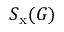
S _ { \mathrm { x } } ( G )